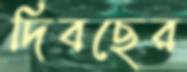
দিবছের